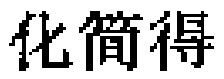
化简得